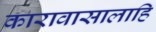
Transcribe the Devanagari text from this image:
कारावासालाहि